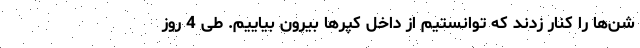
شن‌ها را کنار زدند که توانستیم از داخل کپرها بیرون بیاییم. طی 4 روز